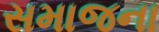
સમાજના